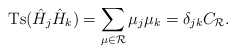
\begin{align*}\mbox{Ts}(\hat{H}_j\hat{H}_k)=\sum_{\mu\in{\cal R}}\mu_j\mu_k=\delta_{jk}C_{\cal R}.\end{align*}